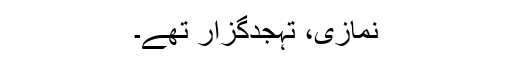
نمازی، تہجدگزار تھے۔